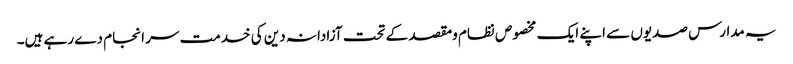
یہ مدارس صدیوں سے اپنے ایک مخصوص نظام ومقصد کے تحت آزادانہ دین کی خدمت سر انجام دے رہے ہیں۔